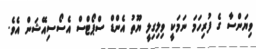
ވިޔަންސާ ގެ ފުރިހަމަ ނަމަކީ ވިލިގިލީ ޔޫތު އެންޑް ސްޕޯޓްސް އެސޯސިއޭޝަން އެވެ.